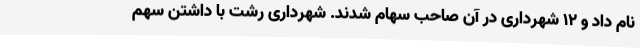
نام داد و ۱۲ شهرداری در آن صاحب سهام شدند. شهرداری رشت با داشتن سهم